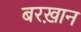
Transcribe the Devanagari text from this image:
बरख़ान